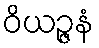
ဝိယဉ္ဇနံ